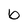
Character: b